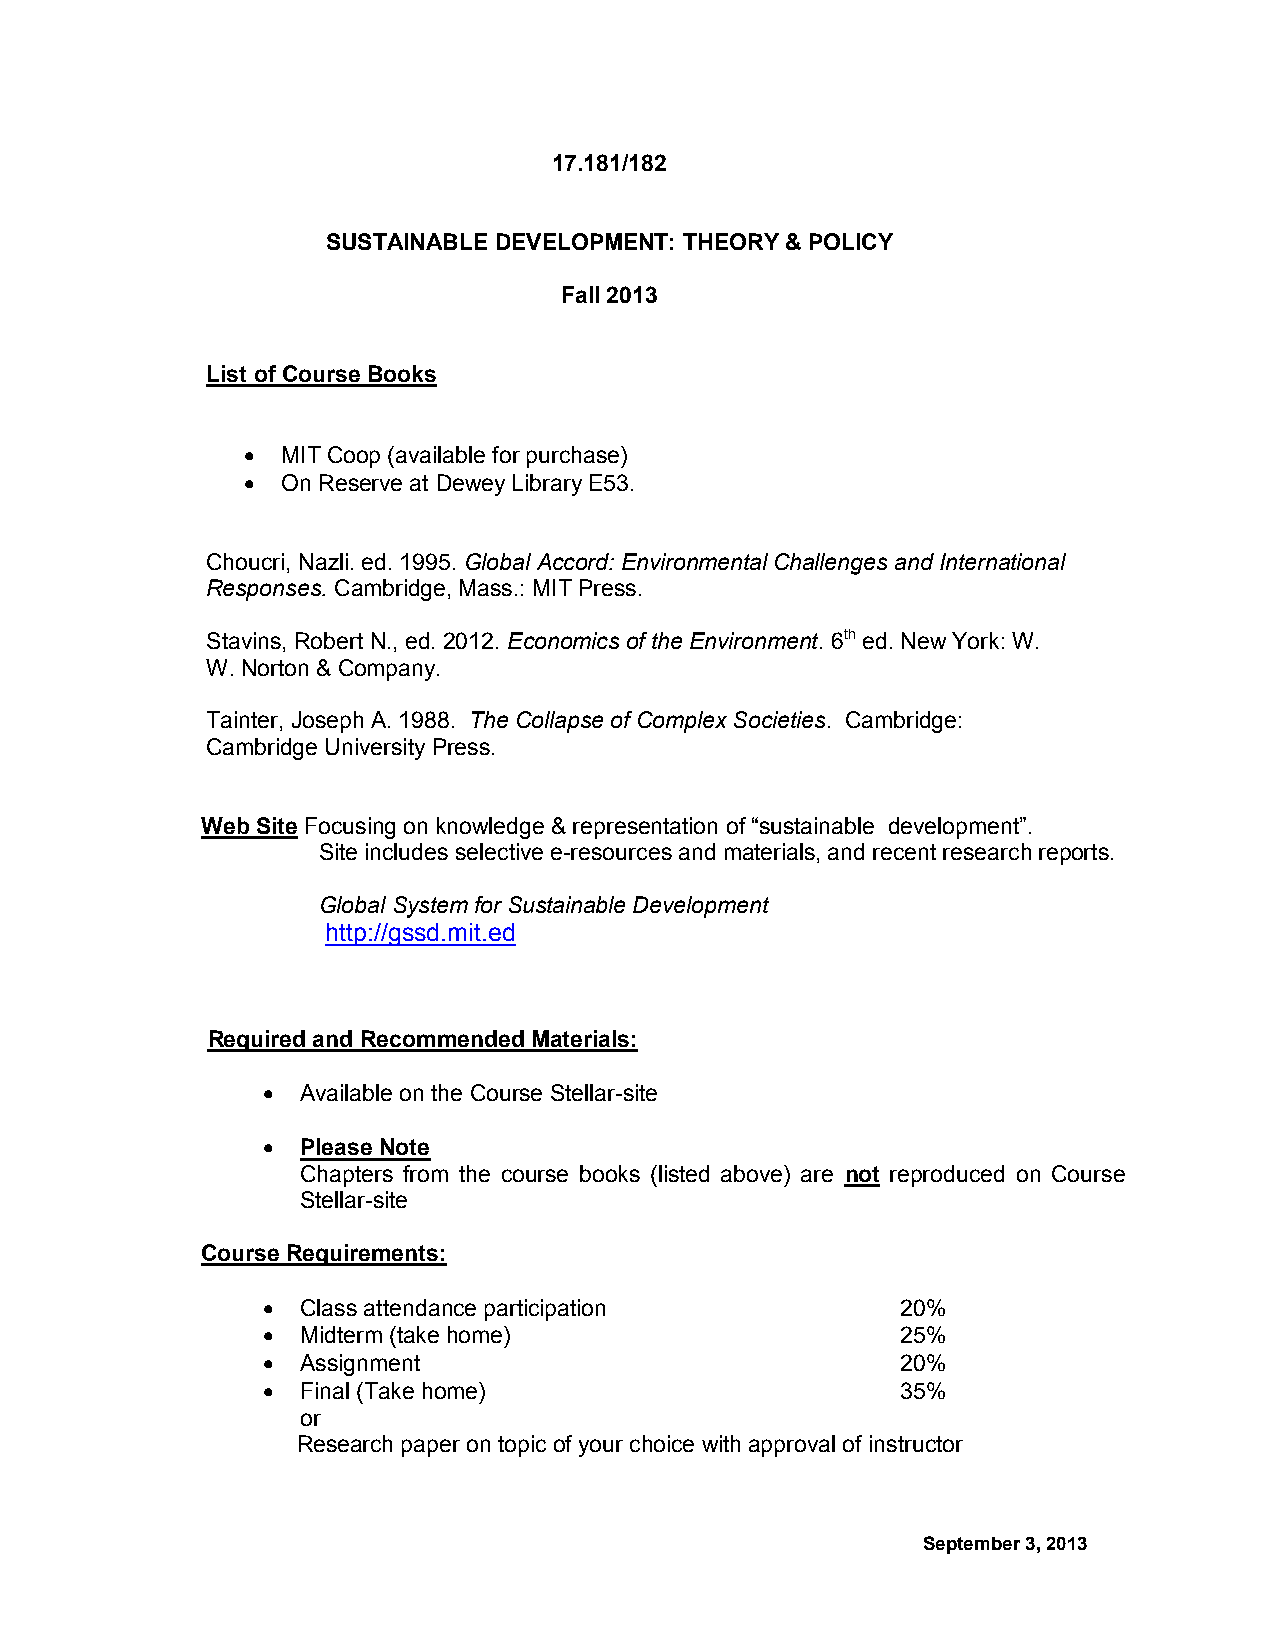
17.181/182
 SUSTAINABLE DEVELOPMENT: THEORY & POLICY
 Fall 2013
 List of Course Books
   MIT Coop (available for purchase)
   On Reserve at Dewey Library E53.
 Choucri, Nazli. ed. 1995. Global Accord: Environmental Challenges and International
 Responses. Cambridge, Mass.: MIT Press.
 Stavins, Robert N., ed. 2012. Economics of the Environment. 6th ed. New York: W.
 W. Norton & Company.
 Tainter, Joseph A. 1988. The Collapse of Complex Societies. Cambridge:
 Cambridge University Press.
 Web Site Focusing on knowledge & representation of “sustainable development”.
 Site includes selective e-resources and materials, and recent research reports.
 Global System for Sustainable Development
 http://gssd.mit.ed
 Required and Recommended Materials:
   Available on the Course Stellar-site
   Please Note
 Chapters from the course books (listed above) are not reproduced on Course
 Stellar-site
 Course Requirements:
   Class attendance participation          20%
   Midterm (take home)                     25%
   Assignment                              20%
   Final (Take home)                       35%
 or
 Research paper on topic of your choice with approval of instructor
 September 3, 2013